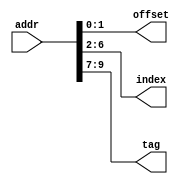
module parse(
    input [9:0] addr,
    output [1:0] offset,
    output [4:0] index,
    output [2:0] tag
);
    assign offset = addr[1:0];
    assign index = addr[6:2];
    assign tag = addr[9:7];
endmodule

// 1KB
// 4 words (16 byte = 128 bits)
// 1024 / 16 = 64 
// 32 * 4words * 2
// offset 
// 2

// [9:0] addr 
// word addr
// offset [1:0]
// index: [4:0]
// tag: [9:7]